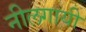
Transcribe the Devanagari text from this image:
नीलगायी